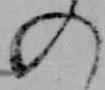
の